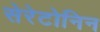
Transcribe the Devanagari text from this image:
सेरेटोनिन